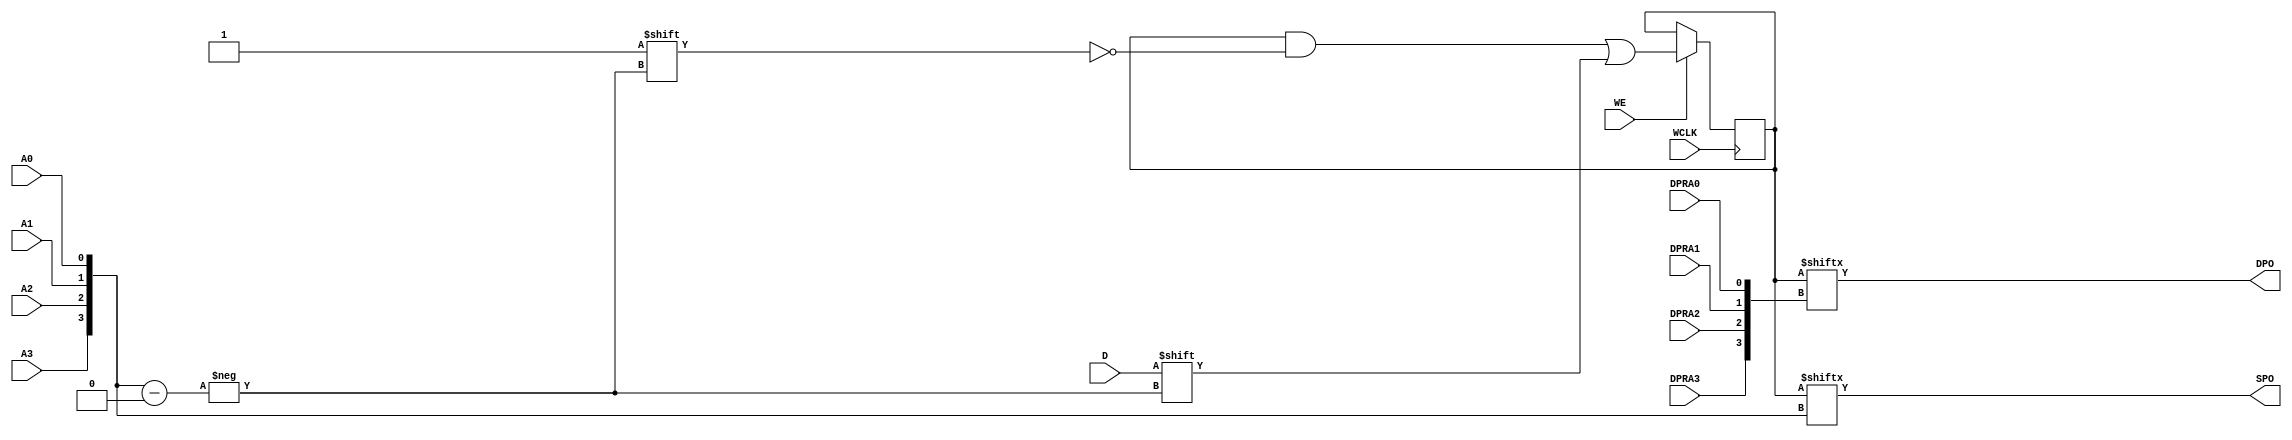
// $Header: /devl/xcs/repo/env/Databases/CAEInterfaces/verunilibs/data/unisims/RAM16X1D.v,v 1.8 2005/03/14 22:32:58 yanx Exp $
///////////////////////////////////////////////////////////////////////////////
// Copyright (c) 1995/2004 Xilinx, Inc.
// All Right Reserved.
///////////////////////////////////////////////////////////////////////////////
//   ____  ____
//  /   /\/   /
// /___/  \  /    Vendor : Xilinx
// \   \   \/     Version : 10.1
//  \   \         Description : Xilinx Functional Simulation Library Component
//  /   /                  Static Dual Port Synchronous RAM 16-Deep by 1-Wide
// /___/   /\     Filename : RAM16X1D.v
// \   \  /  \    Timestamp : Thu Mar 25 16:43:33 PST 2004
//  \___\/\___\
//
// Revision:
//    03/23/04 - Initial version.
//    02/04/05 - Rev 0.0.1 Remove input/output bufs; Remove for-loop in initial block;
// End Revision

`timescale  1 ps / 1 ps


module RAM16X1D (DPO, SPO, A0, A1, A2, A3, D, DPRA0, DPRA1, DPRA2, DPRA3, WCLK, WE);

    parameter INIT = 16'h0000;

    output DPO, SPO;

    input  A0, A1, A2, A3, D, DPRA0, DPRA1, DPRA2, DPRA3, WCLK, WE;

    reg  [15:0] mem;
    wire [3:0] adr;

    assign adr = {A3, A2, A1, A0};
    assign SPO = mem[adr];
    assign DPO = mem[{DPRA3, DPRA2, DPRA1, DPRA0}];

    initial 
        mem = INIT;

    always @(posedge WCLK) 
        if (WE == 1'b1)
            mem[adr] <= #100 D;

endmodule